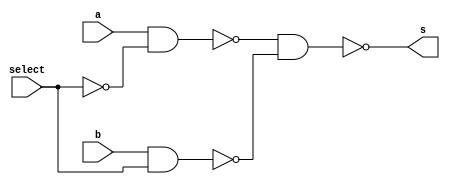
// ---------------------
// multiplexador - desmultiplexador
// Nome: Marcos Antonio lommez Candido Ribeiro
// 18/09/2022
// ---------------------


// -------------------------
// multiplexer
// -------------------------
module mux ( output s, input a, input b, input select );
    // definir dados locais
    wire not_select;
    wire sa;
    wire sb;

    // descrever por portas
    nand ND1 ( not_select, select );
    nand ND2 ( sa, a , not_select );
    nand ND3 ( sb, b , select );
    nand ND4 ( s , sa, sb );
endmodule // mux

// -------------------------
// multiplexer utilizando apenas and/nand
// -------------------------
module and_mux ( output s, input a, input b, input select );
    // definir dados locais
    wire not_select;
    wire sa;
    wire sb;
    // descrever por portas
    not NOT1 ( not_select, select );
    and AND1 ( sa, a, not_select );
    and AND2 ( sb, b, select );
    or OR1 ( s , sa, sb );
endmodule // mux


module test_f7;
    // ------------------------- definir dados
    reg x;
    reg y;
    reg s;
    wire w;
    wire z1;
    wire z2;
    mux     MUX1 ( z1, x, y, s );
    and_mux MUX2 ( z2, x, y, s );
    // ------------------------- parte principal
    initial
        begin : main
            $display("Exemplo_0701 - Marcos Antonio Lommez - 771157\n");
            $display("x  y     s    previsao   teste");

            // projetar testes do modulo
            #1 $monitor("%b  %b     %b        %b        %b", x, y, s, z1, z2);
            #1 $display("---- seletor = 0 ---- ");
            #1 x=0; y=0; s=0;
            #1 x=0; y=1; s=0;
            #1 x=1; y=0; s=0;
            #1 x=1; y=1; s=0;
            #1 $display("---- seletor = 1 ---- ");
            #1 x=0; y=0; s=1;
            #1 x=0; y=1; s=1;
            #1 x=1; y=0; s=1;
            #1 x=1; y=1; s=1;
        end
endmodule // test_f7